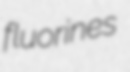
fluorines